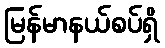
မြန်မာနယ်စပ်ရှိ